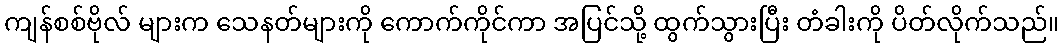
ကျန်စစ်ဗိုလ် များက သေနတ်များကို ကောက်ကိုင်ကာ အပြင်သို့ ထွက်သွားပြီး တံခါးကို ပိတ်လိုက်သည်။